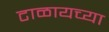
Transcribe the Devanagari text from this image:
टाळायच्या